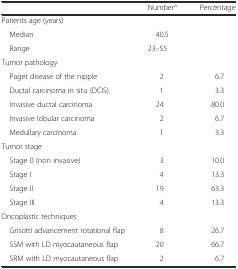
|  | Numbera | Percentage |
 | --- | --- | --- |
 | Patients age (years) |  |  |
 | Median | 40.5 | <ROWSPAN=2>  |
 | Range | 23–55 |
 | Tumor pathology |  |  |
 | Paget disease of the nipple | 2 | 6.7 |
 | Ductal carcinoma in situ (DCIS) | 1 | 3.3 |
 | Invasive ductal carcinoma | 24 | 80.0 |
 | Invasive lobular carcinoma | 2 | 6.7 |
 | Medullary carcinoma | 1 | 3.3 |
 | Tumor stage |  |  |
 | Stage 0 (non invasive) | 3 | 10.0 |
 | Stage I | 4 | 13.3 |
 | Stage II | 19 | 63.3 |
 | Stage III | 4 | 13.3 |
 | Oncoplastic techniques |  |  |
 | Grisotti advancement rotational flap | 8 | 26.7 |
 | SSM with LD myocautaneous flap | 20 | 66.7 |
 | SRM with LD myocautaneous flap | 2 | 6.7 |